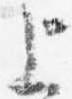
上